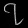
Digit: ၇